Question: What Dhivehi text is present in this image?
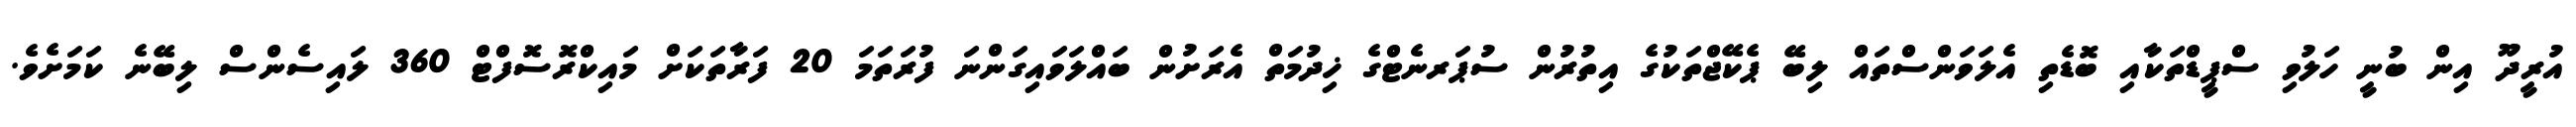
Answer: އުރީދޫ އިން ބުނީ ހަލުވި ސްޕީޑްތަކާއި ބޮޑެތި އެލަވަންސްތައް ލިބޭ ޕެކޭޖްތަކުގެ އިތުރުން ސުޕަރނެޓްގެ ޚިދުމަތް އެރަށުން ބައްލަވައިގަންނަ ފުރަތަމަ 20 ފަރާތަކަށް މައިކްރޮސޮފްޓް 360 ލައިސެންސް ލިބޭނެ ކަމަށެވެ.